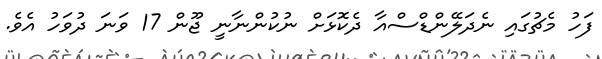
ފަހު މެޗުގައި ނެދަލޭންޑްސްއާ ދެކޮޅަށް ނުކުންނާނީ ޖޫން 17 ވަނަ ދުވަހު އެވެ.